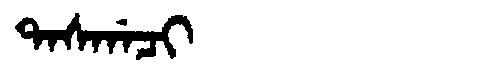
Manchu: ᡨᠠᠰᡤᠠᠴᡳ
Romanization: TASGACI